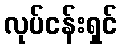
လုပ်ငန်းရှင်